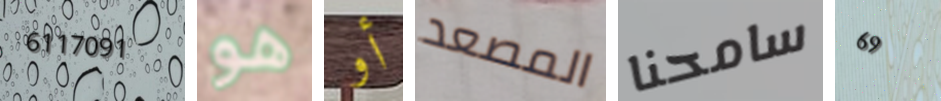
6117091 هو أو المصعد سامحنا 69